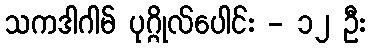
သကဒါဂါမ် ပုဂ္ဂိုလ်ပေါင်း - ၁၂ ဦး